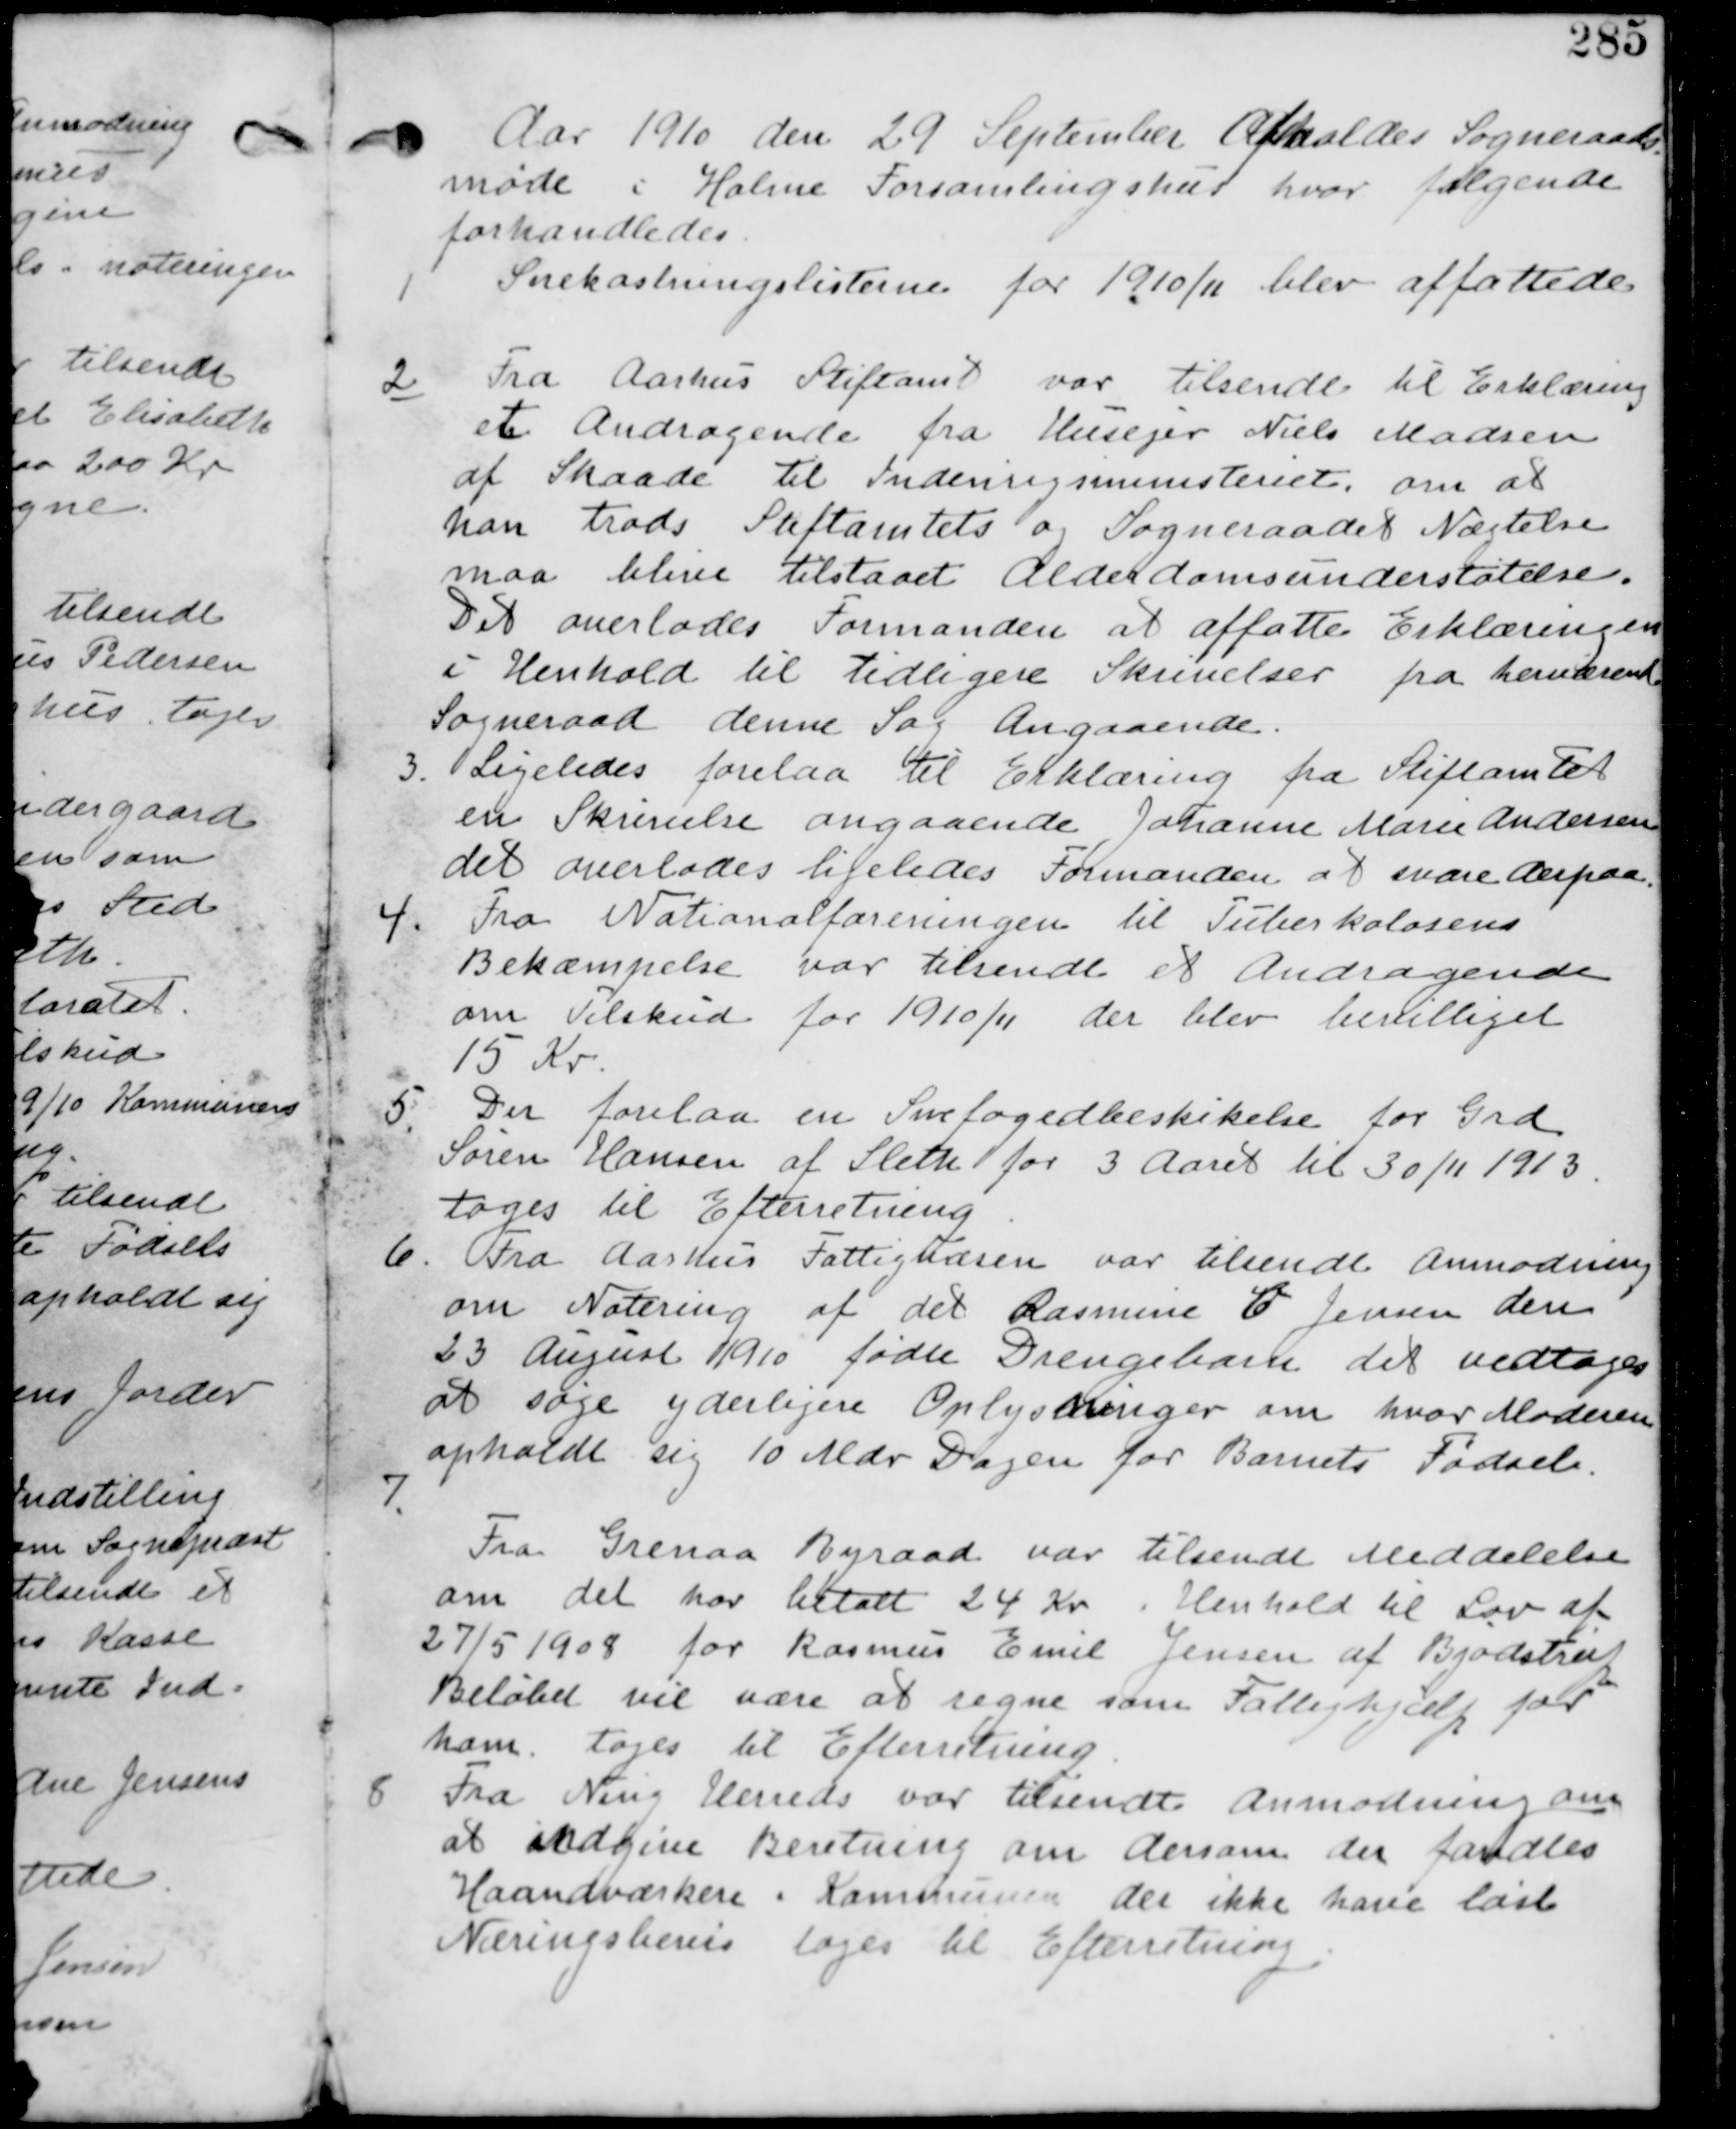
Transskription:
Aar 1910 den 29 September Afholdes Sogneraads
møde i Holme Forsamlingshus hvor Følgende
forhandledes.

1.
Snekaxstningslisterne for 1910/11 blev affattede.

2. Fra Aarhus Stiftamt var tilsendt Erklæring
et Andragende fra Husejer Niels Madsen
af Skaade til Indenrigsministeriet. om at
han trods Stiftamtets og  Nægtelse
maa blive tilstaaet Alderdomsunderstøttelse.
Det overlades Formanden at affatte Erklæringen
i Henhold til tidligere Skrivelser fra herværende
Sogneraad denne Sag Angaaende.

3. Ligeledes forelaa til Erklæring fra Stiftamtet
en Skrivelse angaaende Johanne Marie Andersen
det overlades ligeledes Formanden at svare derpaa.

4. Fra Nationalforeningen til Tuberkulosens
Bekæmpelse var tilsendt et Andragende
om Tilskud for 1910/11 der blev bevilliget
15 Kr.

5. Der forelaa en Snefogedbeskikelse for Grd
Søren Hansen af Sleth for 3 Aaret til 30/11 1913
tages til Efterretning.

6. Fra Aarhus Fattigvæsen var tilsendt Anmodning
om Notering af det Rasmine C Jensen den
23 August 1910 fødte Drengebarn det vedtages
at søge yderligere Oplysninger om hvor Moderen
opholdt sig 10 Mdr før Barnets Fødsel.

7.
Fra Grenaa Byraad var tilsendt Meddelelse
om det har betalt 24 Kr i Henhold til Lov af
27/5 1908 for Rasmus Emil Jensen af Bjødstrup
Beløbet vil være at regne som Fattighjælp for
ham. tages til Efterretning.

8 Fra Ning Herreds var tilsendt Anmodning om
at indgive Beretning om dersom der fandtes
Haandværkere i Kommunen der ikke have løst
Næringsbevis tages til Efterretning.